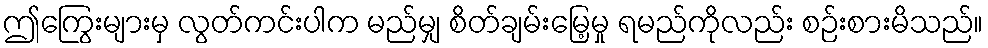
ဤကြွေးများမှ လွတ်ကင်းပါက မည်မျှ စိတ်ချမ်းမြေ့မှု ရမည်ကိုလည်း စဉ်းစားမိသည်။